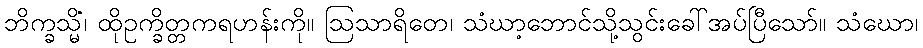
ဘိက္ခသ္မိံ၊ ထိုဥက္ခိတ္တကရဟန်းကို။ ဩသာရိတေ၊ သံဃာ့ဘောင်သို့သွင်းခေါ်အပ်ပြီသော်။ သံဃော၊